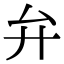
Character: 弁